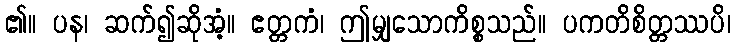
၏။ ပန၊ ဆက်၍ဆိုအံ့။ ဧတ္တကံ၊ ဤမျှသောကိစ္စသည်။ ပကတိစိတ္တဿပိ၊